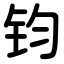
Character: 钧